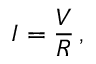
I = { \frac { V } { R } } \, ,